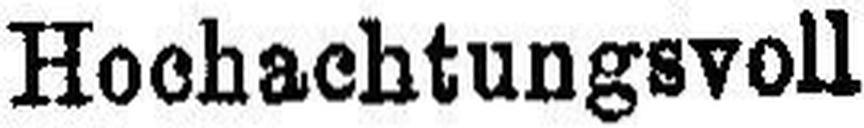
Hochachtungsvoll